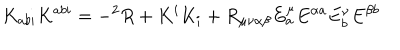
K _ { a b i } K ^ { a b i } = - ^ { 2 } R + K ^ { i } K _ { i } + R _ { \mu \nu \alpha \beta } E _ { a } ^ { \mu } E ^ { \alpha a } E _ { b } ^ { \nu } E ^ { \beta b }